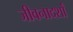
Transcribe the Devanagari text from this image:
जीवनादर्शां